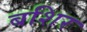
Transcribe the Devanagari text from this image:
बशिर